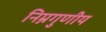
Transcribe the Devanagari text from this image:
निम्नगुणीय